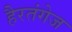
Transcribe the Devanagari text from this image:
हैरतंगेज